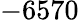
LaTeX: -6570